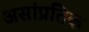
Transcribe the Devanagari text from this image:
असांप्रतिक